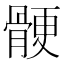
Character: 骾